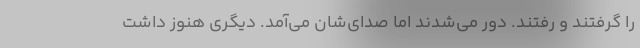
را گرفتند و رفتند. دور می‌شدند اما صدای‌شان می‌آمد. دیگری هنوز داشت